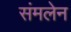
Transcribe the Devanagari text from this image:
संमलेन